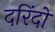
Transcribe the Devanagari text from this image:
दरिंदो